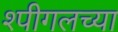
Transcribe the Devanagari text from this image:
श्पीगलच्या